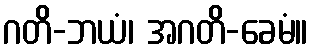
ဂတိ-ဘယံ၊ အဂတိ-ခေမံ။